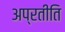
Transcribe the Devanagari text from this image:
अप्रतीति